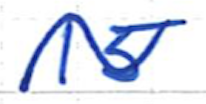
Text: 15
Cross-out: mix
Writing tool: ballpoint